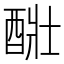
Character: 𨡈